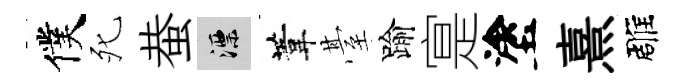
僕死蛬漂葦䑓踰寔塗熹雕